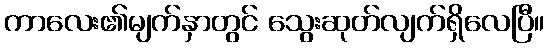
ကာလေး၏မျက်နှာတွင် သွေးဆုတ်လျက်ရှိလေပြီ။